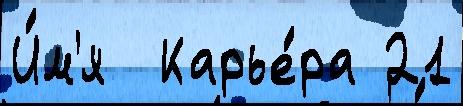
И́м'я  Карье́ра 21